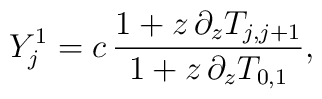
Y_j^1 = c \, \frac{1 + z \, \partial_z T_{j,j+1}}{1+z \,\partial_z T_{0,1}},